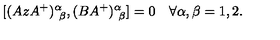
[ ( A z A ^ { + } ) _ { \ \beta } ^ { \alpha } , ( B A ^ { + } ) _ { \ \beta } ^ { \alpha } ] = 0 \quad \forall \alpha , \beta = 1 , 2 .